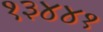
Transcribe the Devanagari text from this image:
१३४४१